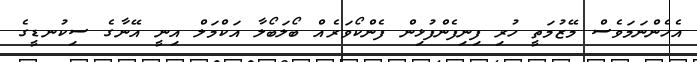
އެހެންނަމަވެސް މޭޒުމަތީ ހުރި ފިނިފެންފުޅިން ފެންކޯވަރެއް ބޯލަބޯލާ އަކްމަލް އިނީ އޭނާގެ ސިކުނޑީގެ